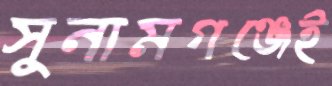
সুনামগঞ্জেই